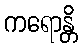
ကရောန္တိ